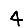
Digit: 4